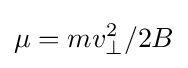
\mu =mv_{\perp }^{2}/2B